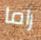
راما